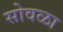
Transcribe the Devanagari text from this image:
सोवळा